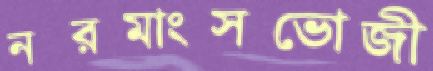
নরমাংসভোজী